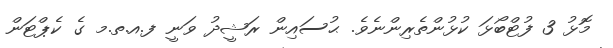
މޮޅު 3 ފުޓްބޯޅަ ކުޅުންތެރިންނެވެ. ޙުސައިން ރަޝީދު ވަނީ ފ.އ.ތ.މ ގެ ކެޕްޓަން